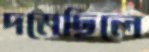
দমেছিলে